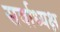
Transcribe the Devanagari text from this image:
सर्वाध्यक्ष